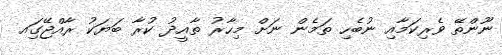
ނޫންތޭ ވެރިކަމާއި ނުބެހި ތަމެން ނަށް މިހާރު ތާއީދު ކުރާ ބަޔަކު ރާއްޖޭގަިއ